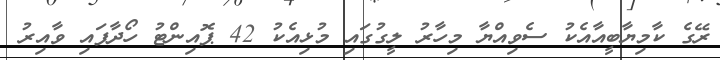
ރޭގެ ކާމިޔާބީއާއެކު ސެވިއްޔާ މިހާރު ލީގުގައި މުޅިއެކު 42 ޕޮއިންޓު ހޯދާފައި ވާއިރު